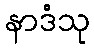
နာဒံသု